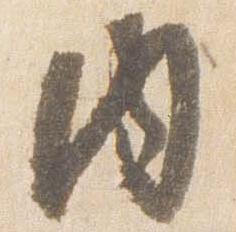
内